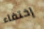
إختفاء